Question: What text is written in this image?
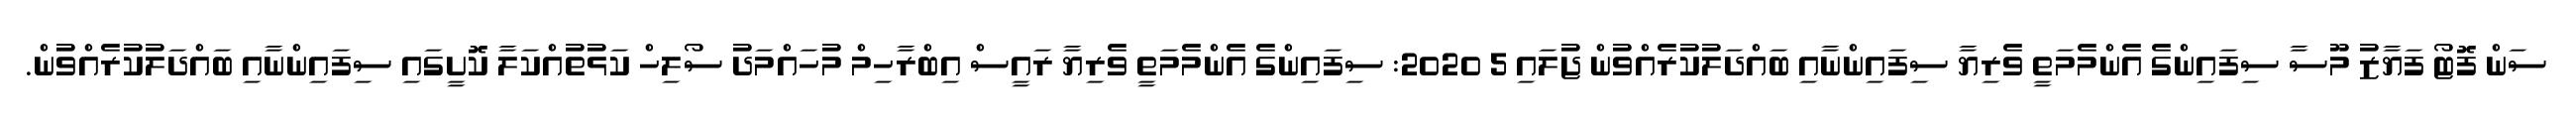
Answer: ސަން ފޮޓޯ ފަޔާޒު މޫސާ ސިފައިންގެ އެންމެމަތީ ވެރިޔާ ސިފައިންނާއި ބައްދަލުކުރެއްވުން ޖުލައި 5 2020: ސިފައިންގެ އެންމެމަތީ ވެރިޔާ ރައީސް އިބްރާހިމް މުހައްމަދު ސޯލިހް ކަޅުތުއްކަލާ ކޮށީގައި ސިފައިންނާއި ބައްދަލުކުރެއްވުން.